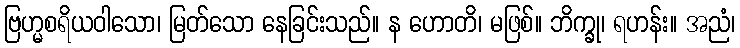
ဗြဟ္မစရိယဝါသော၊ မြတ်သော နေခြင်းသည်။ န ဟောတိ၊ မဖြစ်။ ဘိက္ခု၊ ရဟန်း။ အညံ၊